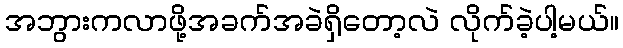
အဘွားကလာဖို့အခက်အခဲရှိတော့လဲ လိုက်ခဲ့ပါ့မယ်။